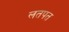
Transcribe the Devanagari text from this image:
लतपत